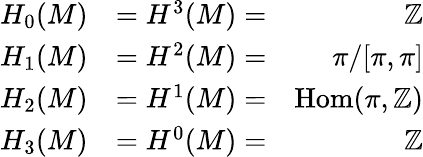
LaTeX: {\begin{array}{rlr}{H_{0}(M)}&{=H^{3}(M)=}&{\mathbb{Z}}\\ {H_{1}(M)}&{=H^{2}(M)=}&{\pi/[\pi,\pi]}\\ {H_{2}(M)}&{=H^{1}(M)=}&{{\mathrm{Hom}}(\pi,\mathbb{Z})}\\ {H_{3}(M)}&{=H^{0}(M)=}&{\mathbb{Z}}\end{array}}